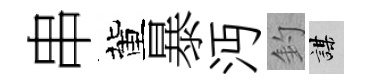
串董暴沔釣謀